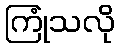
ကြုံသလို